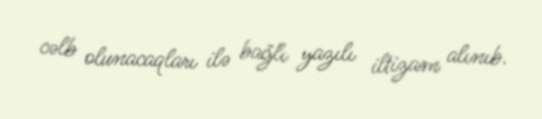
cəlb olunacaqları ilə bağlı yazılı iltizam alınıb.